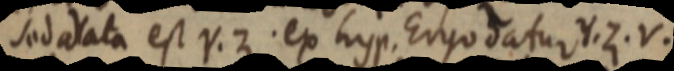
sed data est Y. Z ex hyp. Ergo datur. Y. Z. V.